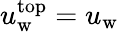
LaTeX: u_{\mathrm{w}}^{\mathrm{top}}=u_{\mathrm{w}}